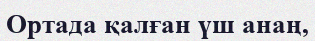
Ортада қалған үш анаң,